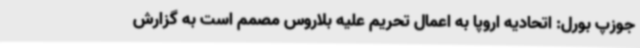
جوزپ بورل: اتحادیه اروپا به اعمال تحریم علیه بلاروس مصمم است به گزارش